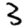
Digit: 3